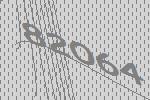
82064